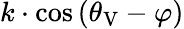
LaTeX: k\cdot\cos{(\theta_{\mathrm{V}}-\varphi)}